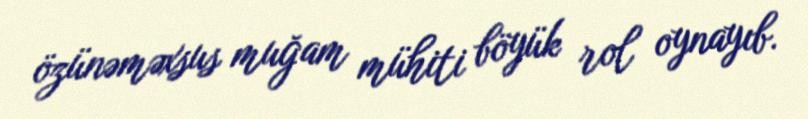
özünəməxsus muğam mühiti böyük rol oynayıb.